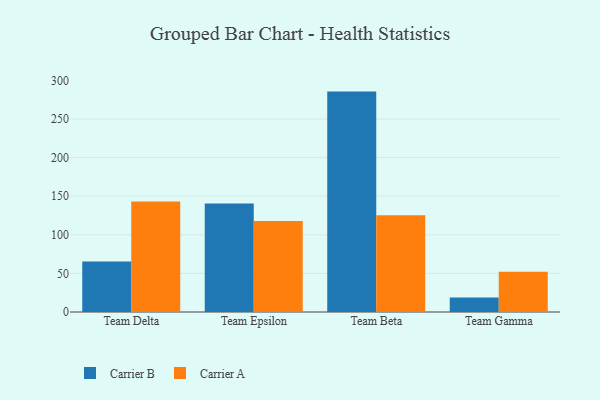
{"axis": {"x": "Team", "y": "Bounce Rate (%)"}, "legend": ["Carrier A", "Carrier B"], "data": [{"x": "Team Delta", "y": 65.4, "type": "Carrier B"}, {"x": "Team Delta", "y": 143.0, "type": "Carrier A"}, {"x": "Team Epsilon", "y": 140.6, "type": "Carrier B"}, {"x": "Team Epsilon", "y": 118.0, "type": "Carrier A"}, {"x": "Team Beta", "y": 285.5, "type": "Carrier B"}, {"x": "Team Beta", "y": 125.4, "type": "Carrier A"}, {"x": "Team Gamma", "y": 18.9, "type": "Carrier B"}, {"x": "Team Gamma", "y": 52.1, "type": "Carrier A"}]}